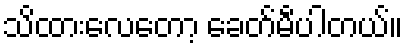
သိထားလေတော့ ခေတ်မီပါတယ်။